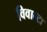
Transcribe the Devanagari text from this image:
विवान्टा